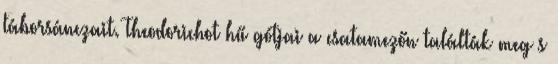
táborsánczait. Theodorichot hű gótjai a csatamezőn találták meg s